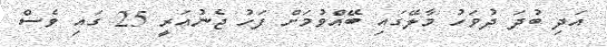
އަދި ބުދަ ދުވަހު މާލޭގައި ބޭއްވުމަށް ފަހު ޖެނުއަރީ 25 ގައި ވެސް